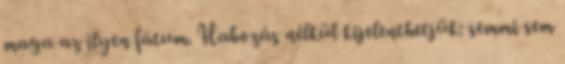
maga az ilyen fátum. Habozás nélkül kijelenthetjük: semmi sem